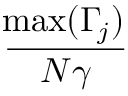
\displaystyle \frac { { \! \operatorname* { m a x } } ( \Gamma _ { \! j } ) } { N \gamma }